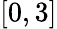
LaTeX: [0,3]